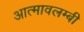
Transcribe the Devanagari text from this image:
आत्मावलम्बी